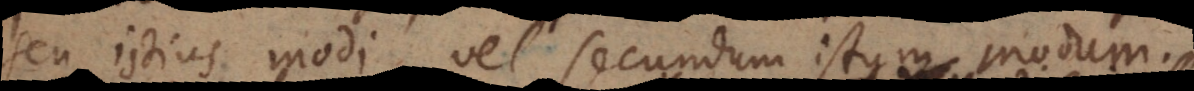
seu istius modi, vel secundum istum modum.